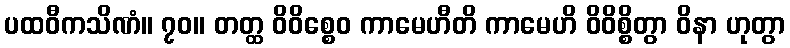
ပထဝီကသိဏံ။ ၇၀။ တတ္ထ ဝိဝိစ္စေဝ ကာမေဟီတိ ကာမေဟိ ဝိဝိစ္စိတွာ ဝိနာ ဟုတွာ